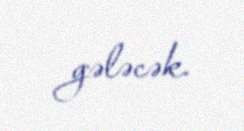
gələcək.